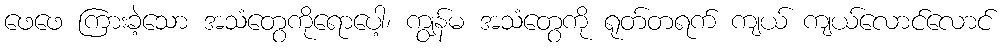
ဖေဖေ ကြားခဲ့သော အသံတွေကိုရောပေါ့၊ ကျွန်မ အသံတွေကို ရုတ်တရက် ကျယ် ကျယ်လောင်လောင်